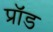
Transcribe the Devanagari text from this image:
प्रॉड